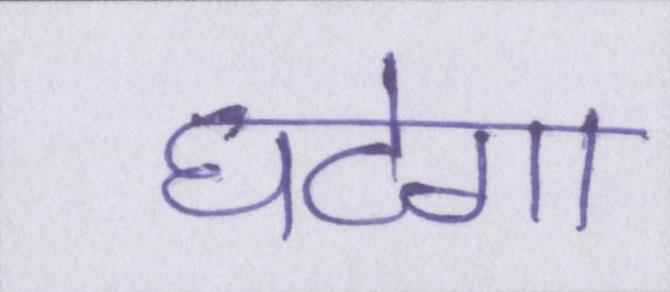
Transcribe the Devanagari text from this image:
घटेगा